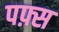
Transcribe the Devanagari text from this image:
पफ़्स